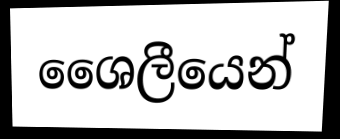
ශෛලීයෙන්